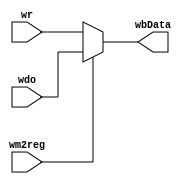
`timescale 1ns / 1ps

module WriteBackMultiplexer(
    input [31:0] wr,
    input [31:0] wdo,
    input wm2reg,
    
    output reg [31:0] wbData);
    
    always @(wm2reg) begin
            if (wm2reg)begin
                wbData <= wdo;
            end
            else begin
                wbData <= wr;
            end
    end
endmodule